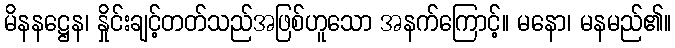
မိနနဋ္ဌေန၊ နှိုင်းချင့်တတ်သည်အဖြစ်ဟူသော အနက်ကြောင့်။ မနော၊ မနမည်၏။